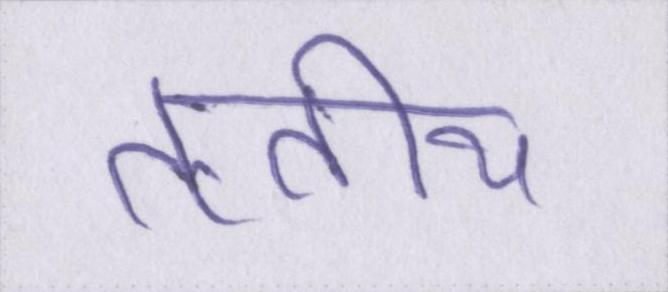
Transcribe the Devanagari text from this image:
तृतीय